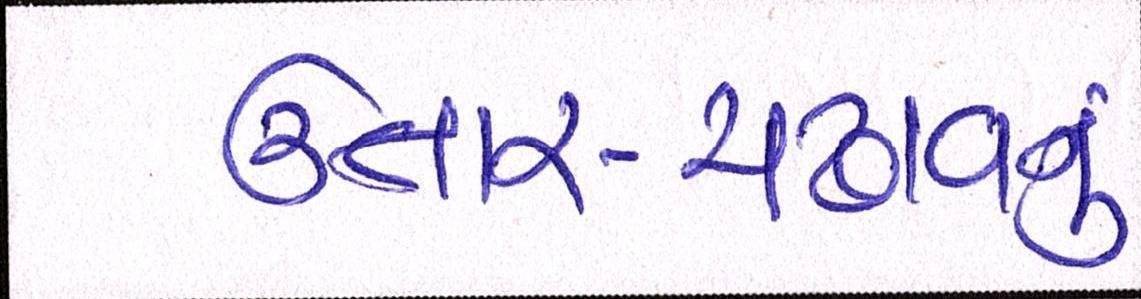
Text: ઉતાર-ચડાવનું